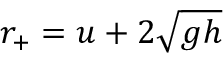
r _ { + } = u + 2 { \sqrt { g h } }